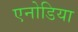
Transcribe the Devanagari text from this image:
एनोडिया